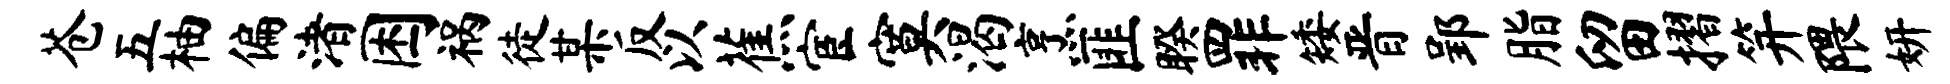
苍五柚偏渚困祸徒某反以蕉宦寞渴烹匪睽罪矮晋郢脂留摺笄隈妍